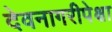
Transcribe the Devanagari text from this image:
देवनागरीपेक्षा